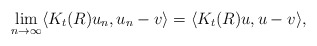
\begin{align*}\lim_{n\rightarrow\infty}\langle K_t(R) u_n , u_n - v \rangle = \langle K_t(R) u, u - v \rangle ,\end{align*}